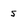
Character: 5